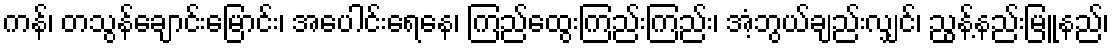
ကန်၊ တသွန်ချောင်းမြောင်း၊ အပေါင်းရေနေ၊ ကြည်ထွေးကြည်းကြည်း၊ အံ့ဘွယ်ချည်းလျှင်၊ ညွန့်နည်းမြူနည်၊